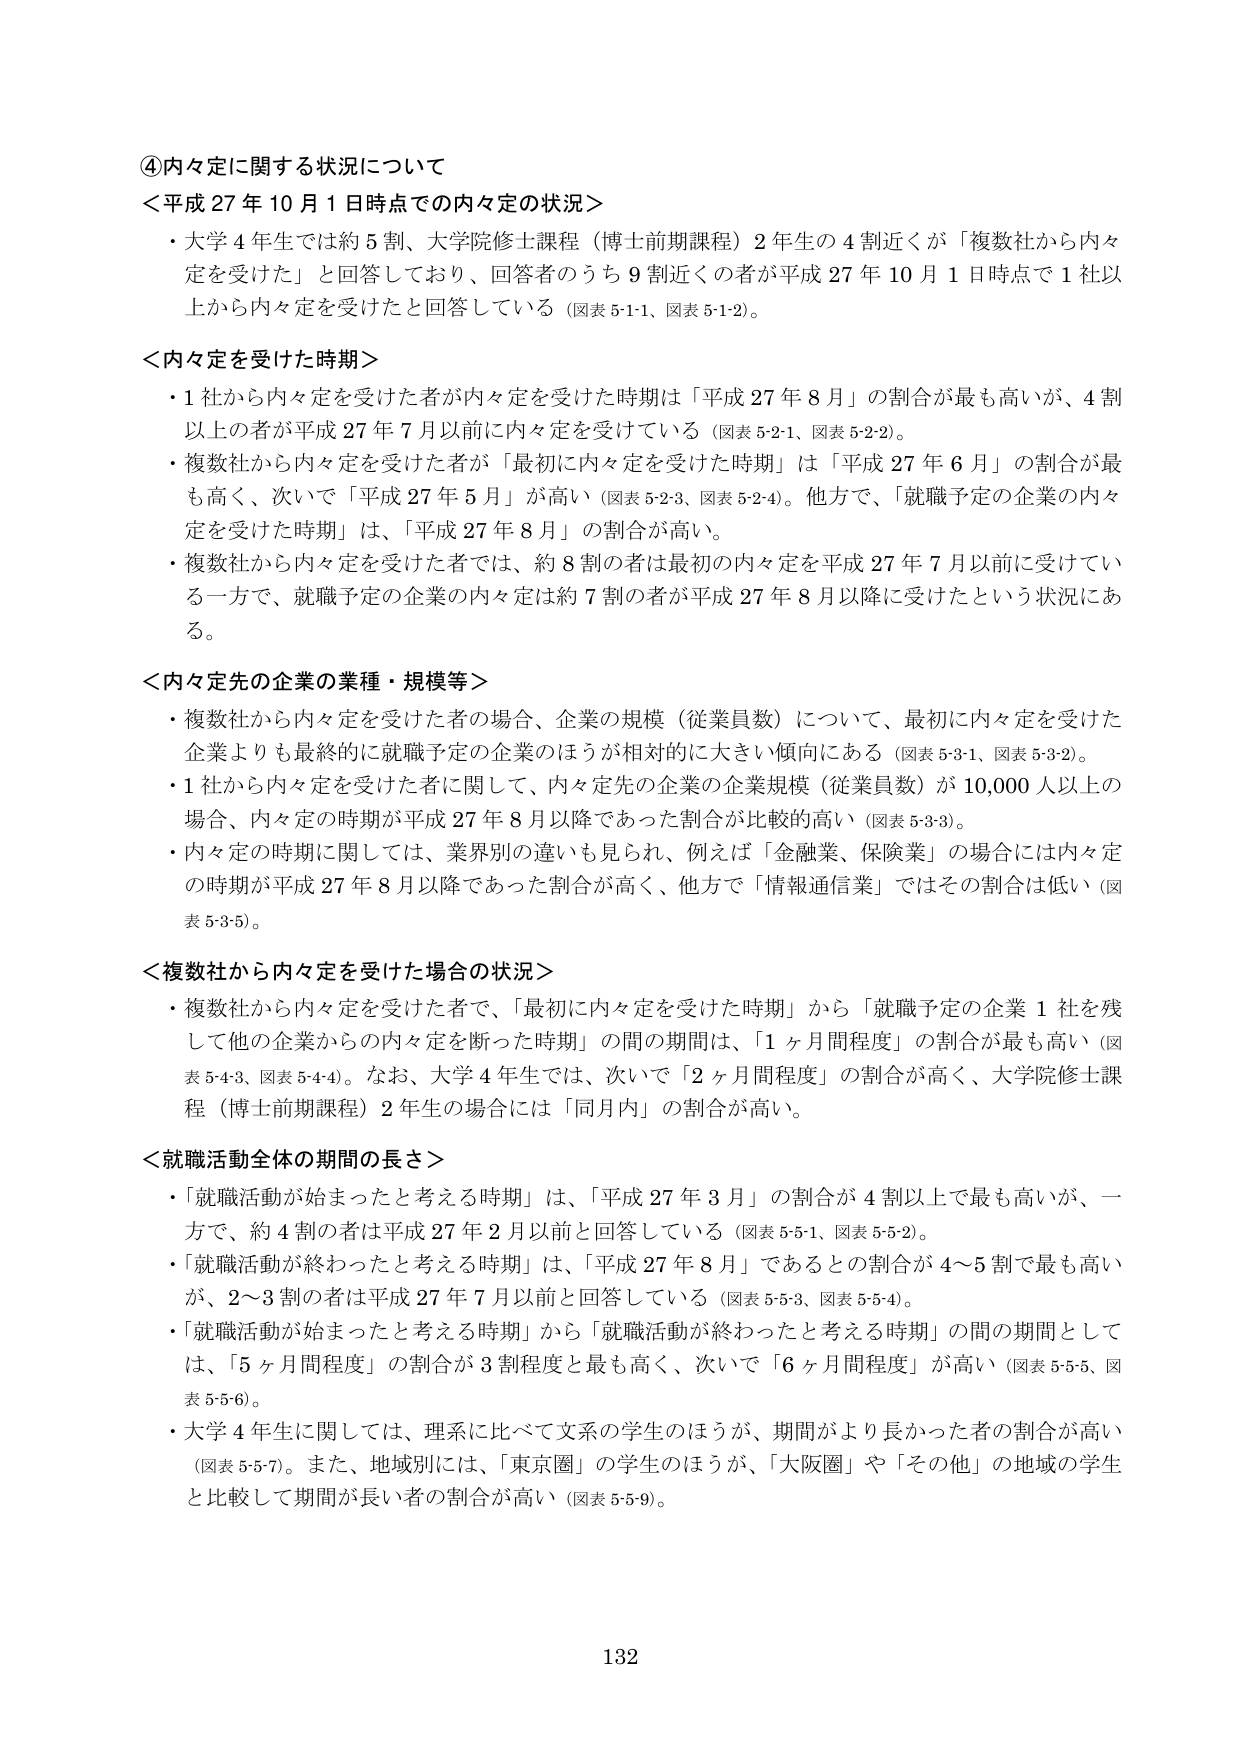
④内々定に関する状況について
＜平成27年10月1日時点での内々定の状況＞
・大学4年生では約5割、大学院修士課程（博士前期課程）2年生の4割近くが「複数社から内々定を受けた」と回答しており、回答者のうち9割近くの者が平成27年10月1日時点で1社以上から内々定を受けたと回答している（図表5-1-1、図表5-1-2）。

＜内々定を受けた時期＞
・1社から内々定を受けた者が内々定を受けた時期は「平成27年8月」の割合が最も高いが、4割以上の者が平成27年7月以前に内々定を受けている（図表5-2-1、図表5-2-2）。
・複数社から内々定を受けた者が「最初に内々定を受けた時期」は「平成27年6月」の割合が最も高く、次いで「平成27年5月」が高い（図表5-2-3、図表5-2-4）。他方で、「就職予定の企業の内々定を受けた時期」は、「平成27年8月」の割合が高い。
・複数社から内々定を受けた者では、約8割の者は最初の内々定を平成27年7月以前に受けている一方で、就職予定の企業の内々定は約7割の者が平成27年8月以降に受けたという状況にある。

＜内々定先の企業の業種・規模等＞
・複数社から内々定を受けた者の場合、企業の規模（従業員数）について、最初に内々定を受けた企業よりも最終的に就職予定の企業のほうが相対的に大きい傾向にある（図表5-3-1、図表5-3-2）。
・1社から内々定を受けた者に関して、内々定先の企業の企業規模（従業員数）が10,000人以上の場合、内々定の時期が平成27年8月以降であった割合が比較的高い（図表5-3-3）。
・内々定の時期に関しては、業界別の違いも見られ、例えば「金融業、保険業」の場合には内々定の時期が平成27年8月以降であった割合が高く、他方で「情報通信業」ではその割合は低い（図表5-3-5）。

＜複数社から内々定を受けた場合の状況＞
・複数社から内々定を受けた者で、「最初に内々定を受けた時期」から「就職予定の企業1社を残して他の企業からの内々定を断った時期」の間の期間は、「1ヶ月程度」の割合が最も高い（図表5-4-3、図表5-4-4）。なお、大学4年生では、次いで「2ヶ月程度」の割合が高く、大学院修士課程（博士前期課程）2年生の場合には「同月内」の割合が高い。

＜就職活動全体の期間の長さ＞
・「就職活動が始まったと考える時期」は、「平成27年3月」の割合が4割以上で最も高いが、一方で、約4割の者は平成27年2月以前と回答している（図表5-5-1、図表5-5-2）。
・「就職活動が終わったと考える時期」は、「平成27年8月」であるとの割合が4～5割で最も高いが、2～3割の者は平成27年7月以前と回答している（図表5-5-3、図表5-5-4）。
・「就職活動が始まったと考える時期」から「就職活動が終わったと考える時期」の間の期間としては、「5ヶ月間程度」の割合が3割程度と最も高く、次いで「6ヶ月間程度」が高い（図表5-5-5、図表5-5-6）。
・大学4年生に関しては、理系に比べて文系の学生のほうが、期間がより長かった者の割合が高い（図表5-5-7）。また、地域別には、「東京圏」の学生のほうが、「大阪圏」や「その他」の地域の学生と比較して期間が長い者の割合が高い（図表5-5-9）。

132